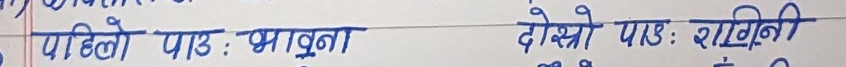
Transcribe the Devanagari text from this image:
पहिलो पाठ : भावना दोस्रो पाठ : रागिनी